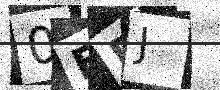
Text: 0BPJ